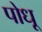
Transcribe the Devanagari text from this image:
पोधू